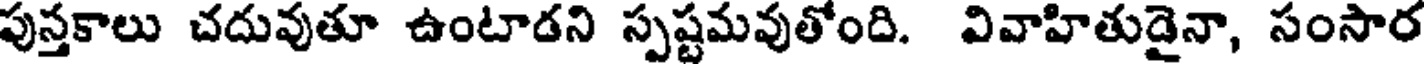
పుస్తకాలు చదువుతూ ఉంటాడని స్పష్టమవుతోంది. వివాహితుడైనా, సంసార